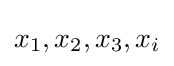
x_{1},x_{2},x_{3},x_{i}